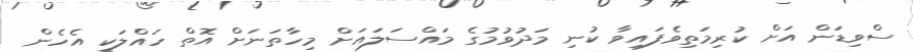
ސްވިޑަން އަށް ކުރިމަތިވެފައިވާ ކުނި މަދުވުމުގެ މައްސަލައަށް މިހާތަނަށް އޮތް ހައްލަކީ އެހެން